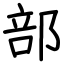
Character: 部